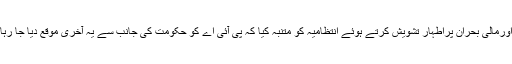
وفاقی وزیر احسن اقبال نے ادارے کی موجودہ صورتحال اورمالی بحران پراطہار تشویش کرتے ہوئے انتظامیہ کو متنبہ کیا کہ پی آئی اے کو حکومت کی جانب سے یہ آخری موقع دیا جا رہا ہے کہ وہ اپنی کارکردگی اوراپنے حالات کو بہتر بنائے۔